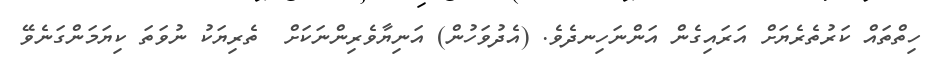
ހިތްތައް ކަރުތެރެޔަށް އަރައިގެން އަންނަހިނދެވެ. (އެދުވަހުން) އަނިޔާވެރިންނަކަށް  ތެރިޔަކު ނުވަތަ ކިޔަމަންގަނެވޭ